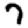
Digit: 7